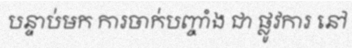
បន្ទាប់មក ការចាក់បញ្ចាំង ជា ផ្លូវការ នៅ